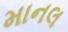
માનલ